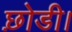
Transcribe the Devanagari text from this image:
छ़ोडी।